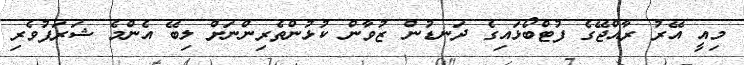
މިއީ އޭރު ރާއްޖޭގެ ފުޓްބޯޅައިގެ ދަނޑުން ޒުވާން ކުޅުންތެރިންނަށް ލިބޭ އެންމެ ޝަރަފުވެރި